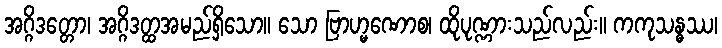
အဂ္ဂိဒတ္တော၊ အဂ္ဂိဒတ္ထအမည်ရှိသော။ သော ဗြာဟ္မဏောစ၊ ထိုပုဏ္ဏားသည်လည်း။ ကကုသန္ဓဿ၊